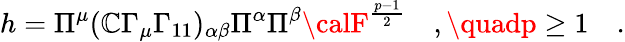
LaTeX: h=\Pi^{\mu}(\mathbb{C}\Gamma_{\mu}\Gamma_{11})_{\alpha\beta}\Pi^{\alpha}\Pi^{\beta}{\calF}^{\frac{{p-1}}{{2}}}\quad,\quadp\geq1\quad.